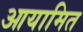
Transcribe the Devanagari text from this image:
आयामित